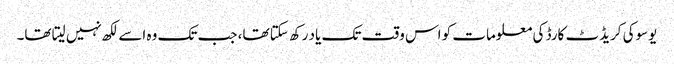
یوسوکی کریڈٹ کارڈ کی معلومات کو اس وقت تک یاد رکھ سکتا تھا، جب تک وہ اسے لکھ نہیں لیتا تھا۔